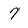
Character: 7